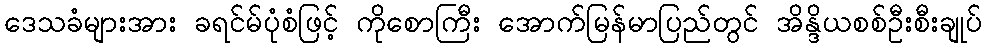
ဒေသခံများအား ခရင်မ်ပုံစံဖြင့် ကိုစောကြီး အောက်မြန်မာပြည်တွင် အိန္ဒိယစစ်ဦးစီးချုပ်